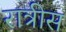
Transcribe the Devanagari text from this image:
रात्रीस